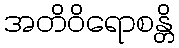
အတိဝိရောစန္တိ